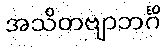
အသိတဗျာဘင်္ဂိ